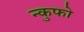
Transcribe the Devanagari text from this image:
न्कुफो